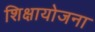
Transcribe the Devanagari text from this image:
शिक्षायोजना